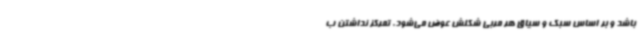
باشد و بر اساس سبک و سیاق هر مربی شکلش عوض می‌شود. تمرکز نداشتن ب